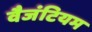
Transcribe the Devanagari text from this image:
वैजंटियम